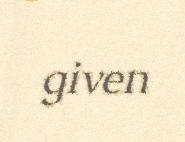
given